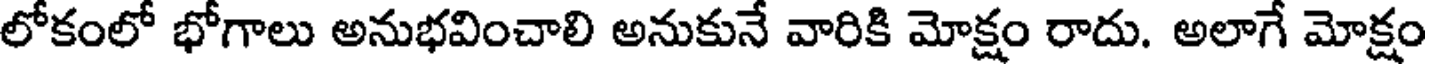
లోకంలో భోగాలు అనుభవించాలి అనుకునే వారికి మోక్షం రాదు. అలాగే మోక్షం